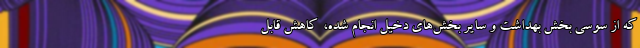
که از سوسی بخش بهداشت و سایر بخش‌های دخیل انجام شده، ‌ کاهش قابل